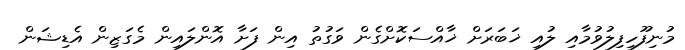
މުނިފޫހިފިލުވުމާއި ލުއި ޚަބަރަށް ޚާއްސަކޮށްގެން ވަގުތު އިން ފަށާ އޮންލައިން މެގަޒިން އެޑިޝަން